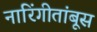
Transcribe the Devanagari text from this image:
नारिंगीतांबूस